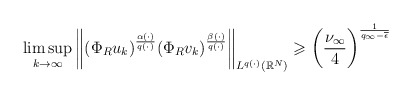
\begin{align*} \limsup_{k\to \infty}\bigg\|(\Phi_{R}u_{k})^{\frac{\alpha(\cdot)}{q(\cdot)}}(\Phi_{R}v_{k})^{\frac{\beta(\cdot)}{q(\cdot)}}\bigg\|_{L^{q(\cdot)}(\mathbb{R}^{N})} \geqslant \bigg( \frac{\nu_\infty}{4}\bigg)^{\frac{1}{q_{\infty}-\overline{\epsilon}}} \end{align*}